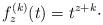
LaTeX: \begin{align*}f_z^{(k)}(t) = t^{z+k}\cdot\end{align*}